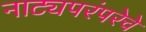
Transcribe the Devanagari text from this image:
नाट्यपरंपरेचे